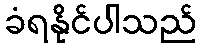
ခံရနိုင်ပါသည်